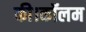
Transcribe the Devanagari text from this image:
की।कॉलम